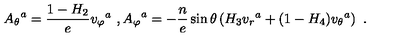
{ A _ { \theta } } ^ { a } = \frac { 1 - H _ { 2 } } { e } { v _ { \varphi } } ^ { a } \ , { A _ { \varphi } } ^ { a } = - \frac { n } { e } \sin \theta \left( H _ { 3 } { v _ { r } } ^ { a } + ( 1 - H _ { 4 } ) { v _ { \theta } } ^ { a } \right) \ .